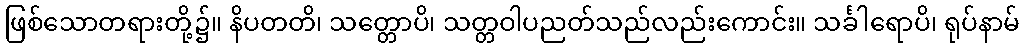
ဖြစ်သောတရားတို့၌။ နိပတတိ၊ သတ္တောပိ၊ သတ္တဝါပညတ်သည်လည်းကောင်း။ သင်္ခါရောပိ၊ ရုပ်နာမ်